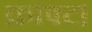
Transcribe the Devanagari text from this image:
क्राफ्ट।